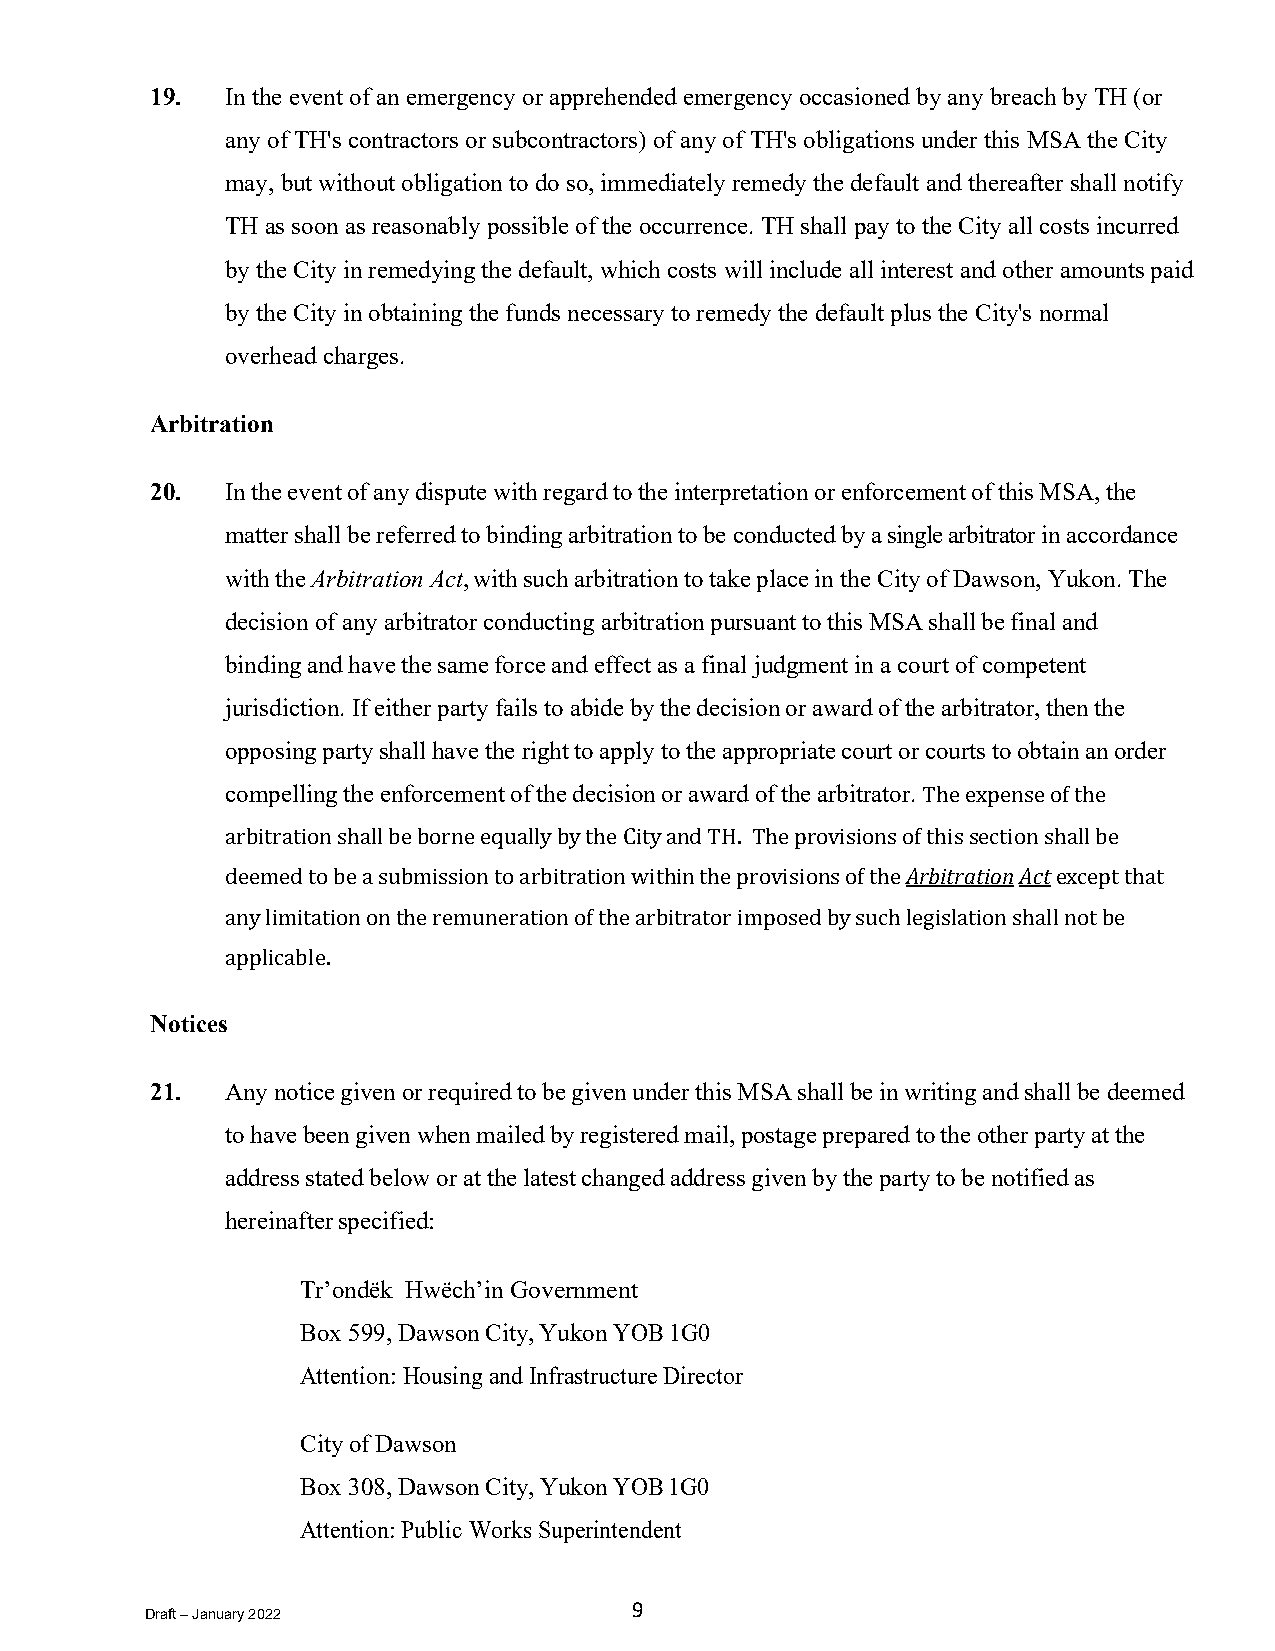
19.  In the event of an emergency or apprehended emergency occasioned by any breach by TH (or
 any of TH's contractors or subcontractors) of any of TH's obligations under this MSA the City
 may, but without obligation to do so, immediately remedy the default and thereafter shall notify
 TH as soon as reasonably possible of the occurrence. TH shall pay to the City all costs incurred
 by the City in remedying the default, which costs will include all interest and other amounts paid
 by the City in obtaining the funds necessary to remedy the default plus the City's normal
 overhead charges.
 Arbitration
 20.  In the event of any dispute with regard to the interpretation or enforcement of this MSA, the
 matter shall be referred to binding arbitration to be conducted by a single arbitrator in accordance
 with the Arbitration Act, with such arbitration to take place in the City of Dawson, Yukon. The
 decision of any arbitrator conducting arbitration pursuant to this MSA shall be final and
 binding and have the same force and effect as a final judgment in a court of competent
 jurisdiction. If either party fails to abide by the decision or award of the arbitrator, then the
 opposing party shall have the right to apply to the appropriate court or courts to obtain an order
 compelling the enforcement of the decision or award of the arbitrator.
 The expense of the
 Arbitration Act
 arbitration shall be borne equally by the City and TH. The provisions of this section shall be
 deemed to be a submission to arbitration within the provisions of the except that
 any limitation on the remuneration of the arbitrator imposed by such legislation shall not be
 applicable.
 Notices
 21.  Any notice given or required to be given under this MSA shall be in writing and shall be deemed
 to have been given when mailed by registered mail, postage prepared to the other party at the
 address stated below or at the latest changed address given by the party to be notified as
 hereinafter specified:
 Tr’ondëk Hwëch’in Government
 Box 599, Dawson City, Yukon YOB 1G0
 Attention: Housing and Infrastructure Director
 City of Dawson
 Box 308, Dawson City, Yukon YOB 1G0
 Attention: Public Works Superintendent
 9
 Draft – January 2022